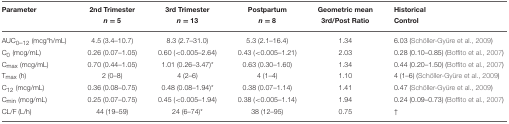
<table><thead><tr><td><b>Parameter</b></td><td><b>2nd Trimester <i>n</i> = 5</b></td><td><b>3rd Trimester <i>n</i> = 13</b></td><td><b>Postpartum <i>n</i> = 8</b></td><td><b>Geometric mean 3rd/Post Ratio</b></td><td><b>Historical Control</b></td></tr></thead><tbody><tr><td>AUC<sub>0–12</sub> (mcg*h/mL)</td><td>4.5 (3.4–10.7)</td><td>8.3 (2.7–31.0)</td><td>5.3 (2.1–16.4)</td><td>1.34</td><td>6.03 (Schöller-Gyüre et al., 2009)</td></tr><tr><td>C<sub>0</sub> (mcg/mL)</td><td>0.26 (0.07–1.05)</td><td>0.60 (&lt;0.005–2.64)</td><td>0.43 (&lt;0.005–1.21)</td><td>2.03</td><td>0.28 (0.10–0.85) (Boffito et al., 2007)</td></tr><tr><td>C<sub>max</sub> (mcg/mL)</td><td>0.70 (0.44–1.05)</td><td>1.01 (0.26–3.47)<sup>*</sup></td><td>0.63 (0.30–1.60)</td><td>1.34</td><td>0.44 (0.20–1.50) (Boffito et al., 2007)</td></tr><tr><td>T<sub>max</sub> (h)</td><td>2 (0–8)</td><td>4 (2–6)</td><td>4 (1–4)</td><td>1.10</td><td>4 (1–6) (Schöller-Gyüre et al., 2009)</td></tr><tr><td>C<sub>12</sub> (mcg/mL)</td><td>0.36 (0.08–0.75)</td><td>0.48 (0.08–1.94)<sup>*</sup></td><td>0.38 (0.07–1.14)</td><td>1.41</td><td>0.47 (Schöller-Gyüre et al., 2009)</td></tr><tr><td>C<sub>min</sub> (mcg/mL)</td><td>0.25 (0.07–0.75)</td><td>0.45 (&lt;0.005–1.94)</td><td>0.38 (&lt;0.005–1.14)</td><td>1.94</td><td>0.24 (0.09–0.73) (Boffito et al., 2007)</td></tr><tr><td>CL/F (L/h)</td><td>44 (19–59)</td><td>24 (6–74)<sup>*</sup></td><td>38 (12–95)</td><td>0.75</td><td><sup>†</sup></td></tr></tbody></table>